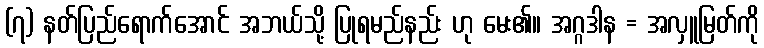
(၇) နတ်ပြည်ရောက်အောင် အဘယ်သို့ ပြုရမည်နည်း ဟု မေး၏။ အဂ္ဂဒါန = အလှူမြတ်ကို